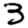
Digit: 3